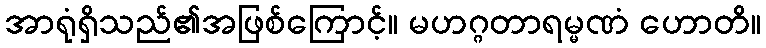
အာရုံရှိသည်၏အဖြစ်ကြောင့်။ မဟဂ္ဂတာရမ္မဏံ ဟောတိ။